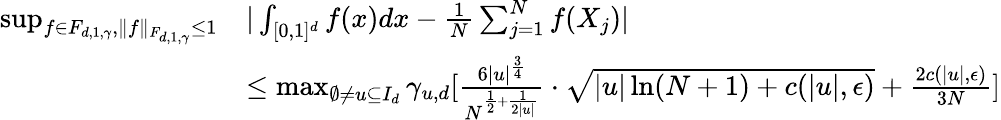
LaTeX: \begin{array}{rl}{\operatorname*{sup}_{f\in F_{d,1,\gamma},\| f\| _{F_{d,1,\gamma}}\leq 1}}&{|\int_{[0,1]^{d}}f(x)dx-\frac{1}{N}\sum_{j=1}^{N}f(X_{j})|}\\ &{\leq\operatorname*{max}_{\emptyset\neq u\subseteq I_{d}}\gamma_{u,d}[\frac{6|u|^{\frac{3}{4}}}{N^{\frac{1}{2}+\frac{1}{2|u|}}}\cdot\sqrt{|u|\ln(N+1)+c(|u|,\epsilon)}+\frac{2c(|u|,\epsilon)}{3N}]}\end{array}